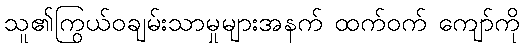
သူ၏ကြွယ်ဝချမ်းသာမှုများအနက် ထက်ဝက် ကျော်ကို